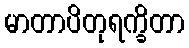
မာတာပိတုရက္ခိတာ